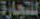
للتجارة